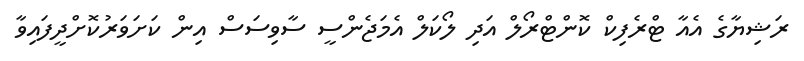
ރަޝިޔާގެ އެއާ ޓްރެފިކް ކޮންޓްރޯލް އަދި ލޯކަލް އެމަޖެންސީ ސާވިސަސް އިން ކަށަވަރުކޮށްދީފައިވާ